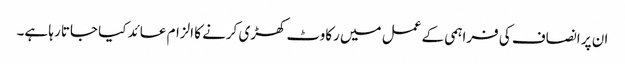
ان پر انصاف کی فراہمی کے عمل میں رکاوٹ کھڑی کرنے کا الزام عائد کیا جاتا رہا ہے۔